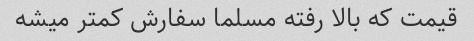
قیمت که بالا رفته مسلما سفارش کمتر میشه